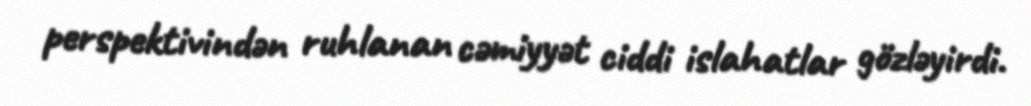
perspektivindən ruhlanan cəmiyyət ciddi islahatlar gözləyirdi.